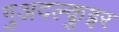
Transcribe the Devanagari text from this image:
गुअदल्क़ुइर